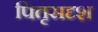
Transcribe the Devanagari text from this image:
पितृसदृश